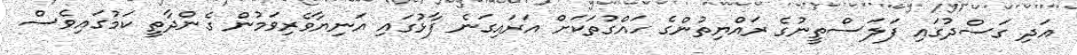
އަދި ގަސްދުގައި ފަލަސްތީނުގެ ރައްޔިތުންގެ ހައްގުތަކަށް އަރައިގަނެ ފާޅުގައި އަނިޔާވެރިވަމުން ގެންދާތީ ކަމުގައިވެސް